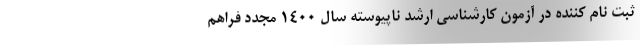
ثبت نام کننده در آزمون کارشناسی ارشد ناپیوسته سال ۱۴۰۰ مجدد فراهم